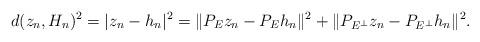
LaTeX: \begin{align*}d(z_n,H_n)^2=|z_n-h_n|^2=\|P_Ez_n-P_Eh_n\|^2+\|P_{E^\bot}z_n-P_{E^\bot}h_n\|^2.\end{align*}